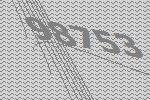
98753